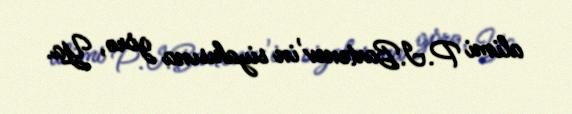
alimi P.I.Bartenev'in siyahısına görə, Ya.